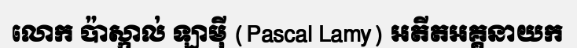
លោក ប៉ាស្កាល់ ឡាម៉ី (Pascal Lamy) អតីតអគ្គនាយក